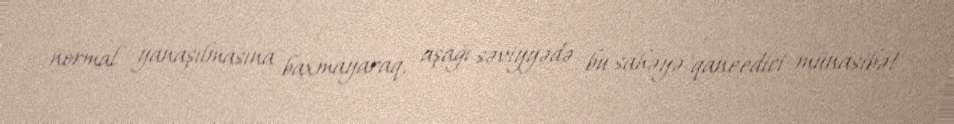
normal yanaşılmasına baxmayaraq, aşağı səviyyədə bu sahəyə qaneedici münasibət